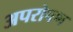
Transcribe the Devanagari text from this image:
अपरोपण